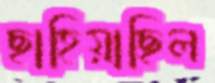
ছাহিয়াছিল